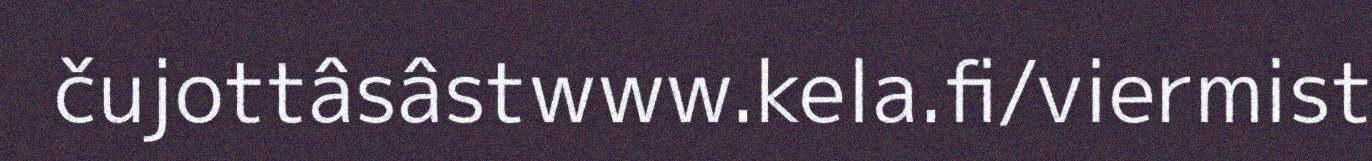
čujottâsâstwww.kela.fi/viermist